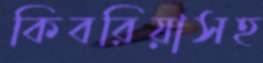
কিবরিয়াসহ